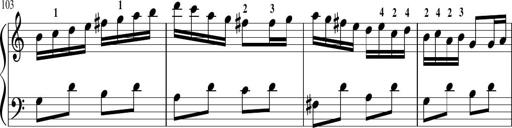
Title: Sonatina in G major
Composer: Friedrich Kuhlau
Key: G major